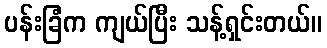
ပန်းခြံက ကျယ်ပြီး သန့်ရှင်းတယ်။